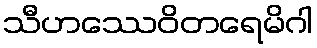
သီဟဿေဝိတရေမိဂါ